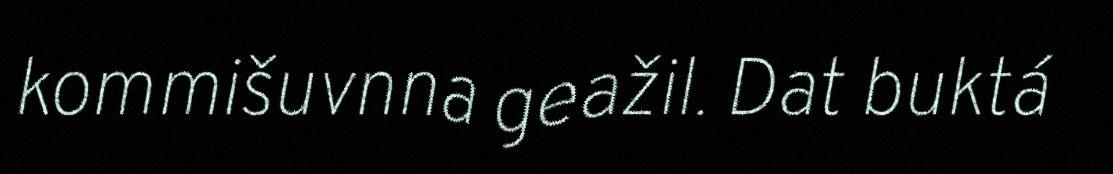
kommišuvnna geažil. Dat buktá